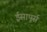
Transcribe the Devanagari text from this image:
ईसापूर्स